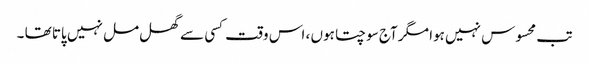
تب محسوس نہیں ہوا مگر آج سوچتا ہوں ، اس وقت کسی سے گھل مل نہیں پاتا تھا ۔